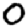
Digit: 0